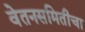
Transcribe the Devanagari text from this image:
वेतनसमितीचा